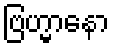
ဗြဟ္မာနော